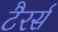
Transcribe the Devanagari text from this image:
टैरर्स